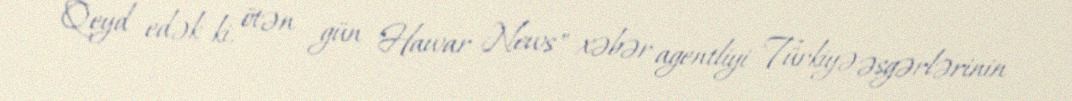
Qeyd edək ki, ötən gün "Hawar News" xəbər agentliyi Türkiyə əsgərlərinin